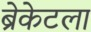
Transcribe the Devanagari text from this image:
ब्रेकेटला